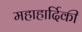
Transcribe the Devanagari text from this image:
महाहार्दिकी